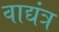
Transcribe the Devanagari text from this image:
वाद्यंत्र